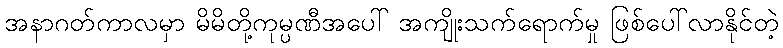
အနာဂတ်ကာလမှာ မိမိတို့ကုမ္ပဏီအပေါ် အကျိုးသက်ရောက်မှု ဖြစ်ပေါ်လာနိုင်တဲ့